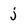
Character: j